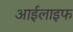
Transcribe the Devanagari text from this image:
आईलाइफ